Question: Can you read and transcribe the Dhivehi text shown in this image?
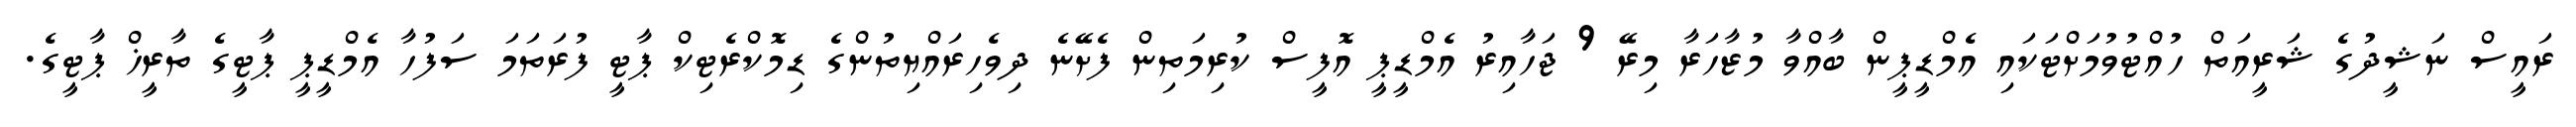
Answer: ރައީސް ނަޝީދުގެ ޝަރީއަތް ހުއްޓުވުމަށްޓަކައި އެމްޑީޕީން ބާއްވާ މުޒާހަރާ މިރޭ 9 ޖަހާއިރު އެމްޑީޕީ އޮފީސް ކުރިމަތިން ފެށޭނެ ދިވެހިރައްޔިތުންގެ ޑިމޮކްރެޓިކް ޕާޓީ ފުރަތަމަ ސަފުހާ އެމްޑީޕީ ޕާޓީގެ ތާރީޚް ޕާޓީގެ.